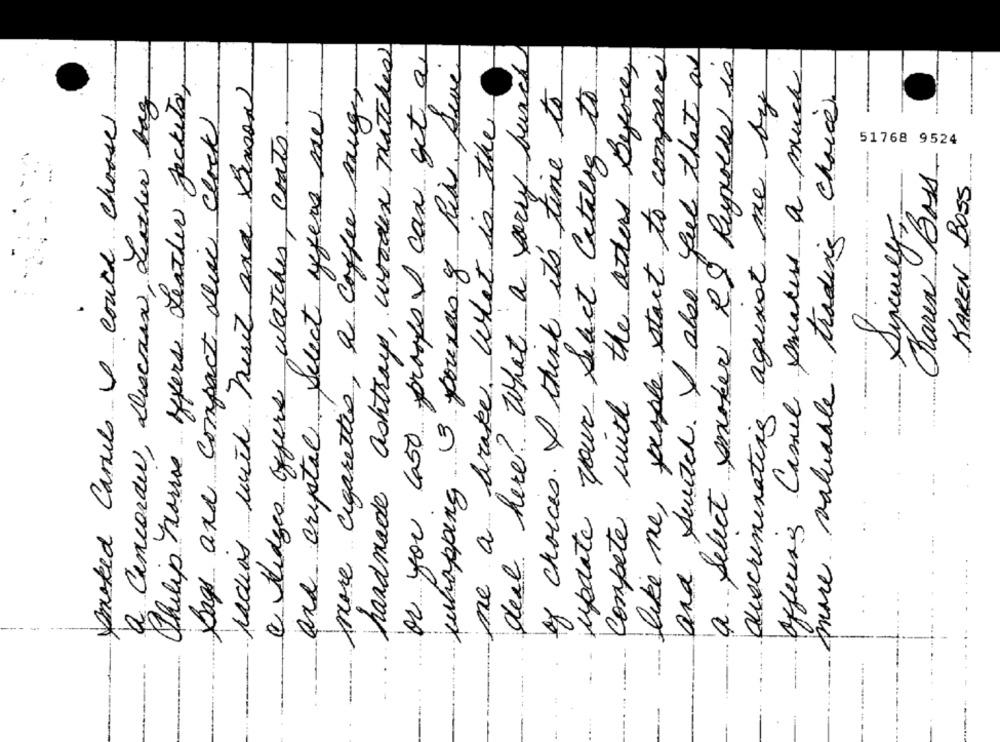
handmade ashtrays, wooden patches
or you cast proofs I can get a
and Switch. y aboo feel that as
Juhopping 3 pouxas y Ria. Suve
like me, people start to compare
a. Select poker RS Reynolds is
deal here? What a sorry bunch
compete with the aters Before,
Offering Camel makes a much
more cigarettes, a coffee sanger
piace valuable trading choice.
Philip Marie offers Leather Jackets,
ladias usil huset ana Binson
update your Select Catalog to
of choices. I think it's time to
discriminating aguixot me by
a Camcorder, Discoaux , Leather bag
and crystal. Select yegers me
booked Canuls & coach choose
Bags and compact Disc clock
me a brake. what is the
e Hedges offers watches, crats
51768 9524
Bass
KAREN BOSS
Karen